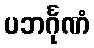
ပဘင်္ဂုဏံ